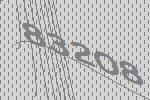
83208